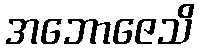
အဘောဇေသိ